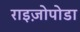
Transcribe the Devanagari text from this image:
राइज़ोपोडा